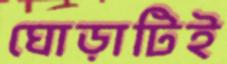
ঘোড়াটিই